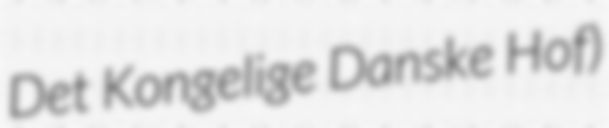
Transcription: Det Kongelige Danske Hof)